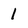
Character: 1